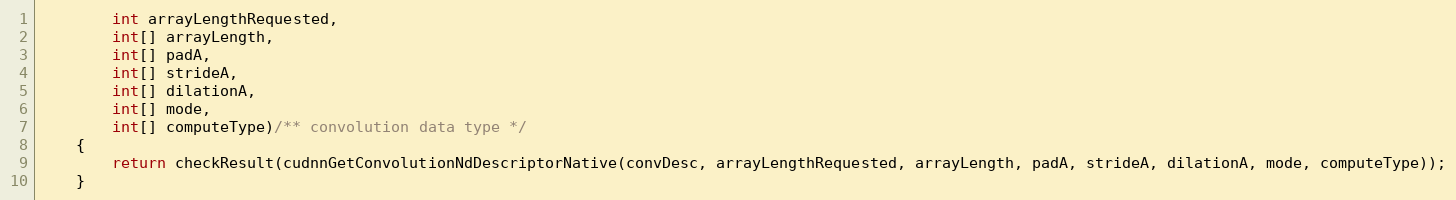
Language: Java
        int arrayLengthRequested,
        int[] arrayLength,
        int[] padA,
        int[] strideA,
        int[] dilationA,
        int[] mode,
        int[] computeType)/** convolution data type */
    {
        return checkResult(cudnnGetConvolutionNdDescriptorNative(convDesc, arrayLengthRequested, arrayLength, padA, strideA, dilationA, mode, computeType));
    }